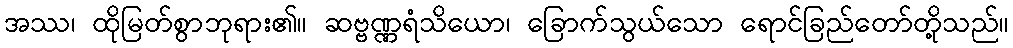
အဿ၊ ထိုမြတ်စွာဘုရား၏။ ဆဗ္ဗဏ္ဏရံသိယော၊ ခြောက်သွယ်သော ရောင်ခြည်တော်တို့သည်။